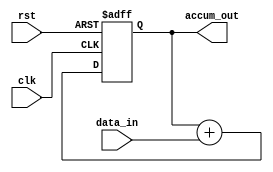
module parallel_accumulator (
  input wire clk,
  input wire rst,
  input wire [7:0] data_in,
  output reg [15:0] accum_out
);

reg [15:0] accum;

always @(posedge clk or posedge rst) begin
  if (rst) begin
    accum <= 16'b0;
  end else begin
    accum <= accum + {8'b0, data_in};
  end
end

assign accum_out = accum;

endmodule